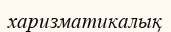
харизматикалық